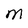
Character: M